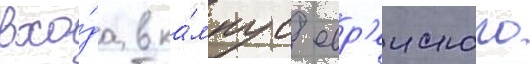
вхо́да в ка́мпус евр'еиского